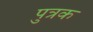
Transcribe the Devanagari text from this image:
पुत्रक